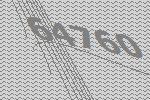
64760